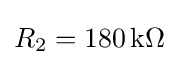
R_{2}=180\,\mathrm {k\Omega }